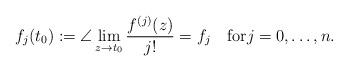
LaTeX: \begin{align*}f_j(t_0):=\angle\lim_{z\to t_0}\frac{f^{(j)}(z)}{j!}=f_j\quad\mbox{for} j=0,\ldots,n.\end{align*}